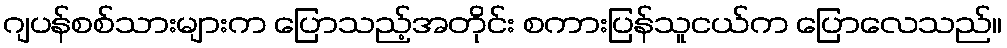
ဂျပန်စစ်သားများက ပြောသည့်အတိုင်း စကားပြန်သူငယ်က ပြောလေသည်။